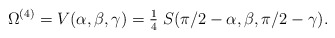
\begin{align*}\Omega^{(4)} = V(\alpha,\beta,\gamma) ={\textstyle{1\over4}} \;S(\pi/2-\alpha,\beta,\pi/2-\gamma) .\end{align*}